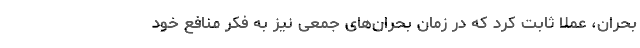
بحران، عملاً ثابت کرد که در زمان بحران‌های جمعی نیز به فکر منافع خود